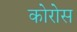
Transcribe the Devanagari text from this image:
कोरोस